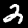
Digit: 2